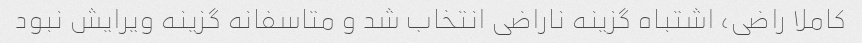
کاملا راضی، اشتباه گزینه ناراضی انتخاب شد و متاسفانه گزینه ویرایش نبود